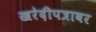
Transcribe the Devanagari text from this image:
खरेदीपत्रावर